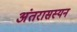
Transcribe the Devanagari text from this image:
अंतरासस्यन